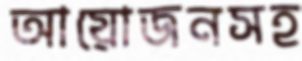
আয়োজনসহ